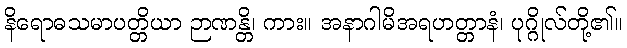
နိရောဓသမာပတ္တိယာ ဉာဏန္တိ၊ ကား။ အနာဂါမိအရဟတ္တာနံ၊ ပုဂ္ဂိုလ်တို့၏။